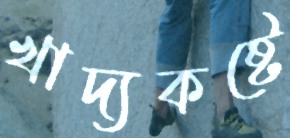
খাদ্যকষ্টে